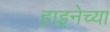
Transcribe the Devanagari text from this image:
हाइनेच्या